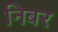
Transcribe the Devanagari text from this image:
निबर